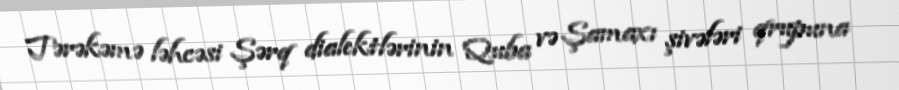
Tərəkəmə ləhcəsi Şərq dialektlərinin Quba və Şamaxı şivələri qrupuna